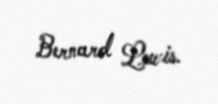
Bernard Lewis.